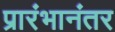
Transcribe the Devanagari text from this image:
प्रारंभानंतर